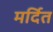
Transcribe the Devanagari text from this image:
मर्दित